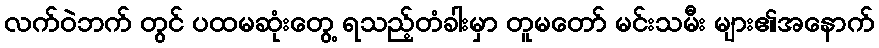
လက်ဝဲဘက် တွင် ပထမဆုံးတွေ့ ရသည့်တံခါးမှာ တူမတော် မင်းသမီး များ၏အနောက်